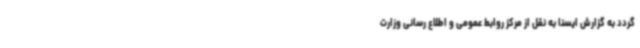
گردد به گزارش ایسنا به نقل از مرکز روابط عمومی و اطلاع رسانی وزارت